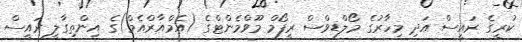
ކުރީގެ ރައީސް އަދި މިހާރުގެ މޯލްޑިވްސް ރީފޯމް މޫވްމެންޓްގެ (އެމްއާރްއެމް)ގެ އިންތިގާލީ ރައީސް